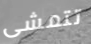
تتمشى